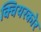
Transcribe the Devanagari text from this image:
क्वियरकोर